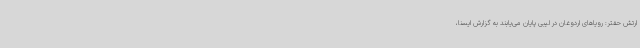
ارتش حفتر: رویاهای اردوغان در لیبی پایان می‌یابند به گزارش ایسنا،